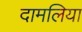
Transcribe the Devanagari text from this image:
दामलिया